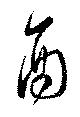
酉